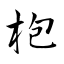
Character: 枹